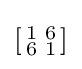
\left[{\begin{smallmatrix}1&6\\6&1\\\end{smallmatrix}}\right]